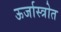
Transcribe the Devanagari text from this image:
ऊर्जास्त्रोत